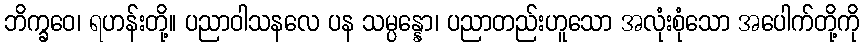
ဘိက္ခဝေ၊ ရဟန်းတို့။ ပညာဝါသနလေ ပန သမ္ပန္နော၊ ပညာတည်းဟူသော အလုံးစုံသော အပေါက်တို့ကို